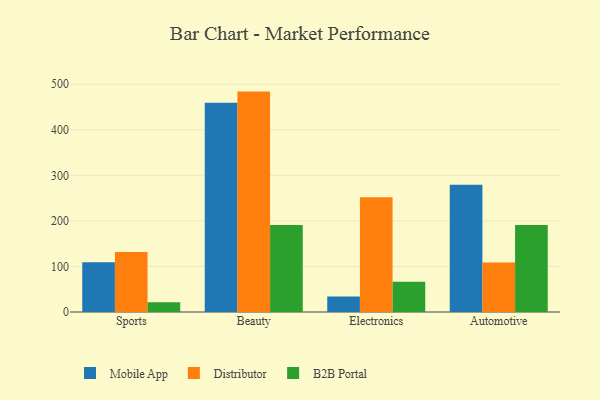
{"axis": {"x": "Category", "y": "LTV (USD)"}, "legend": ["B2B Portal", "Distributor", "Mobile App"], "data": [{"x": "Sports", "y": 109.2, "type": "Mobile App"}, {"x": "Sports", "y": 131.7, "type": "Distributor"}, {"x": "Sports", "y": 21.2, "type": "B2B Portal"}, {"x": "Beauty", "y": 459.2, "type": "Mobile App"}, {"x": "Beauty", "y": 483.9, "type": "Distributor"}, {"x": "Beauty", "y": 191.0, "type": "B2B Portal"}, {"x": "Electronics", "y": 34.2, "type": "Mobile App"}, {"x": "Electronics", "y": 251.7, "type": "Distributor"}, {"x": "Electronics", "y": 66.4, "type": "B2B Portal"}, {"x": "Automotive", "y": 279.5, "type": "Mobile App"}, {"x": "Automotive", "y": 108.9, "type": "Distributor"}, {"x": "Automotive", "y": 190.8, "type": "B2B Portal"}]}